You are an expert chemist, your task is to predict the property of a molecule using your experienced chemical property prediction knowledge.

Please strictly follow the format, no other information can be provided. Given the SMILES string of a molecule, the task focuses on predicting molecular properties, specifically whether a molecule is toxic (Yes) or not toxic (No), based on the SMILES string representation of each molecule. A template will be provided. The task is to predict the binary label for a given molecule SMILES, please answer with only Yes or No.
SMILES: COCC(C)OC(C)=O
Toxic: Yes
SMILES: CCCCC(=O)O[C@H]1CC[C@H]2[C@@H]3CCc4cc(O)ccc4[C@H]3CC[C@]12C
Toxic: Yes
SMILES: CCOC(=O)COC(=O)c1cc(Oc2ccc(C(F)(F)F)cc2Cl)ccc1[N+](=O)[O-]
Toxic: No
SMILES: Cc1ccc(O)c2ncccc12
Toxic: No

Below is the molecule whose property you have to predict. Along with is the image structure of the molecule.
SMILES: COc1ccc2c(c1)N(C[C@H](C)CN(C)C)c1ccccc1S2
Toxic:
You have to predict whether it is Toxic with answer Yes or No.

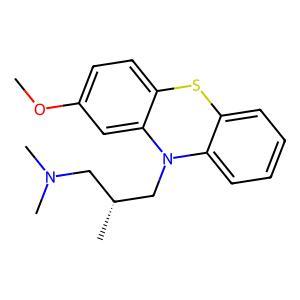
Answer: No